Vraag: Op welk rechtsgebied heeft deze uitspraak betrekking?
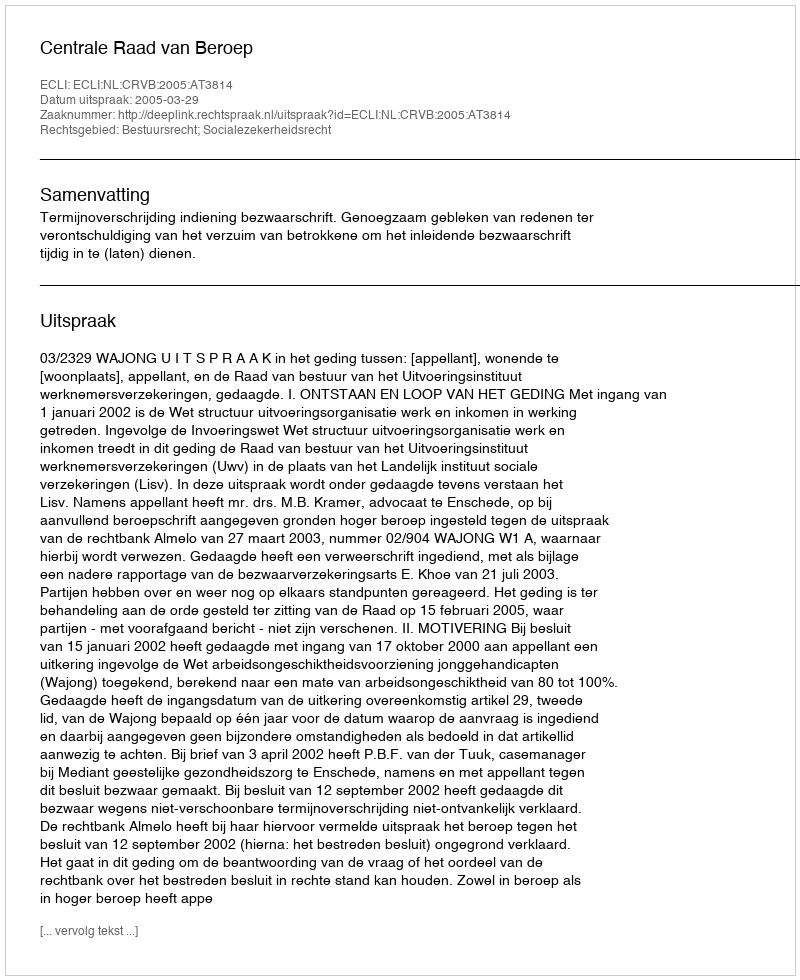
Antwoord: Bestuursrecht; Socialezekerheidsrecht